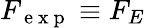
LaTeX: F_{\mathrm{~e~x~p~}}\equiv F_{E}